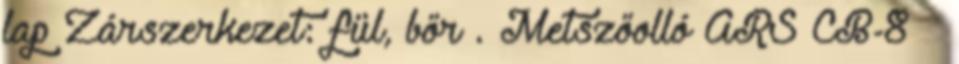
lap Zárszerkezet: fül, bőr . Metszőolló ARS CB-8